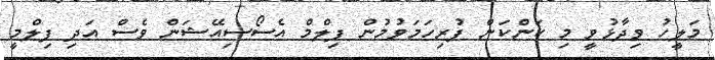
މަލީހު ވިދާޅުވީ މި ކަންކަން ފުރިހަމަވުމުން ފިލްމް އެސޯސިއޭޝަން ވެސް އަދި ފިލްމީ